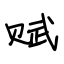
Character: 赋